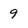
Character: 9